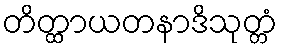
တိတ္ထာယတနာဒိသုတ္တံ